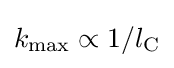
k_{\text{max}}\propto 1/l_{\text{C}}